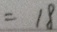
= 1 8